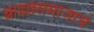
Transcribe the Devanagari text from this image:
ब्राह्मोसमाजाचे